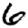
Digit: 6